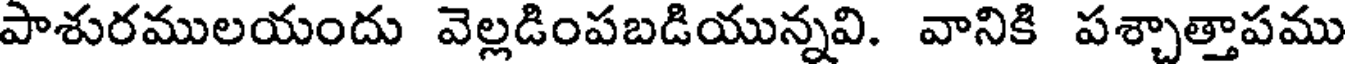
పాశురములయందు వెల్లడింపబడియున్నవి. వానికి పశ్చాత్తాపము